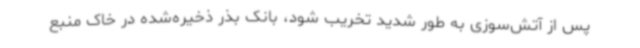
پس از آتش‌سوزی به طور شدید تخریب شود، بانک بذر ذخیره‌شده در خاک منبع